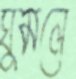
ঘুমলে